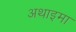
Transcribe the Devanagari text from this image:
अथाइमा